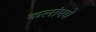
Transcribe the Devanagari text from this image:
कलांमधे